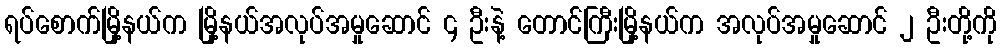
ရပ်စောက်မြို့နယ်က မြို့နယ်အလုပ်အမှုဆောင် ၄ ဦးနဲ့ တောင်ကြီးမြို့နယ်က အလုပ်အမှုဆောင် ၂ ဦးတို့ကို